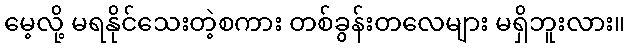
မေ့လို့ မရနိုင်သေးတဲ့စကား တစ်ခွန်းတလေများ မရှိဘူးလား။